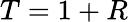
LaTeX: T=1+R